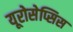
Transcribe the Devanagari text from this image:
यूरोसेप्सिस